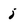
Character: j